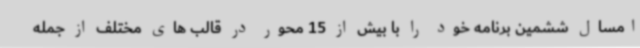
امسال ششمین برنامه خود را با بیش از 15 محور در قالب های مختلف از جمله